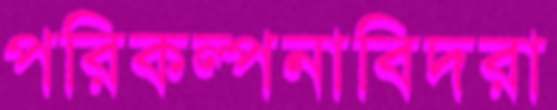
পরিকল্পনাবিদরা